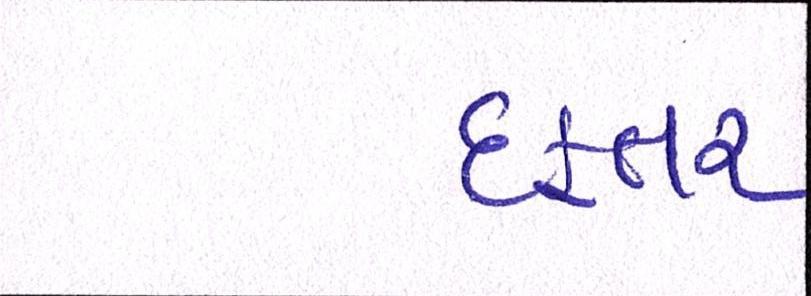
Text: દફતર